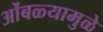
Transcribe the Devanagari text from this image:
ओंबळ्यामुळे